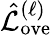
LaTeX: \hat{\mathcal{L}}_{\mathrm{ove}}^{(\ell)}